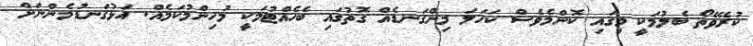
ކުރެވޭތޯ ބެލުމަކީ މީގައި ކޮންމެވެސް ކަހަލަ މިންގަނޑެއް ގޮތުގައި ބެހެއްޓުމަކީ މުހިންމުކަމެއް. އަޅުގަނޑުމެންނަށް